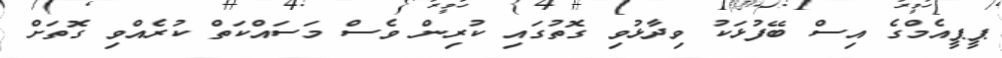
ޕީޕީއެމްގެ އިސް ބޭފުޅަކު ވިދާޅުވި ގޮތުގައި ކުރިން ވެސް މަސައްކަތް ކުރެއްވި ގޮތަށް